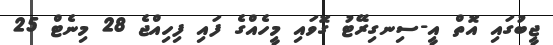
ޖީބުގައި އޮތް އީ-ސިނގިރޭޓު ގޮވައި މީހެއްގެ ފައި ފިހިއްޖެ 28 މިނެޓް 25